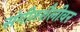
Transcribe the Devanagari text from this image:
संगीतशैलीवर